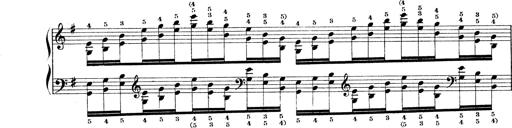
Title: Technische Studien
Composer: Franz Liszt